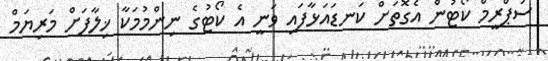
ސުޕްރީމް ކޯޓުން އެގޮތަށް ކަނޑައަޅާފައި ވަނީ އެ ކޯޓުގެ ނިންމުމަކާ ޚިލާފަށް މަރިޔަމް